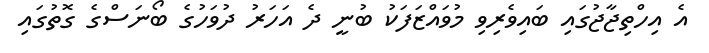
އެ އިހްތިޖާޖުގައި ބައިވެރިވި މުވައްޒަފަކު ބުނީ ދެ އަހަރު ދުވަހުގެ ބޯނަސްގެ ގޮތުގައި